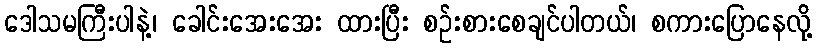
ဒေါသမကြီးပါနဲ့၊ ခေါင်းအေးအေး ထားပြီး စဉ်းစားစေချင်ပါတယ်၊ စကားပြောနေလို့